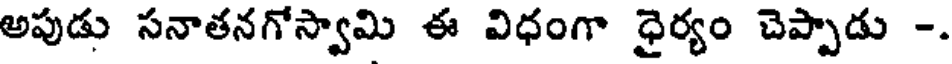
అపుడు సనాతనగోస్వామి ఈ విధంగా ధైర్యం చెప్పాడు -.